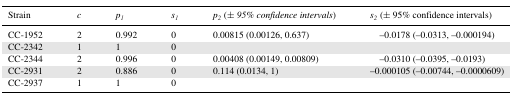
| Strain | c | p1 | s1 | p2 (± 95% confidence intervals) | s2 (± 95% confidence intervals) |
 | --- | --- | --- | --- | --- | --- |
 | CC‐1952 | 2 | 0.992 | 0 | 0.00815 (0.00126, 0.637) | –0.0178 (–0.0313, –0.000194) |
 | CC‐2342 | 1 | 1 | 0 |  |  |
 | CC‐2344 | 2 | 0.996 | 0 | 0.00408 (0.00149, 0.00809) | –0.0310 (–0.0395, –0.0193) |
 | CC‐2931 | 2 | 0.886 | 0 | 0.114 (0.0134, 1) | –0.000105 (–0.00744, –0.0000609) |
 | CC‐2937 | 1 | 1 | 0 |  |  |